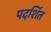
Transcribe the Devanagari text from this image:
पदर्शित